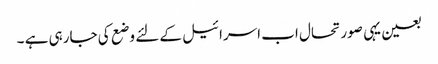
بعین یہی صورتحال اب اسرائیل کے لئے وضع کی جارہی ہے ۔